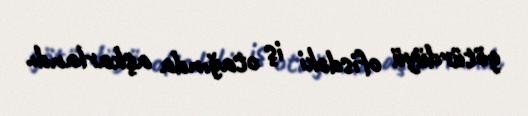
götürdüyü ofisdəki iş otağında aşkarlandı.